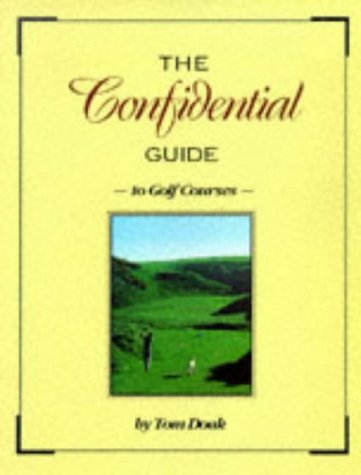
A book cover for The Confidential Guide to Golf Courses; Tom Doak; Sports & Outdoors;